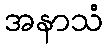
အနာသံ